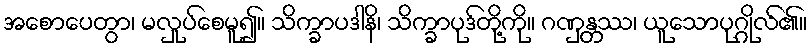
အစောပေတွာ၊ မလှုပ်စေမူ၍။ သိက္ခာပဒါနိ၊ သိက္ခာပုဒ်တို့ကို။ ဂဏှန္တဿ၊ ယူသောပုဂ္ဂိုလ်၏။